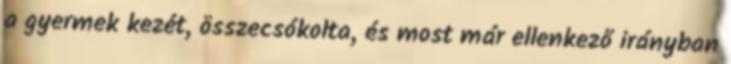
a gyermek kezét, összecsókolta, és most már ellenkező irányban